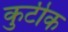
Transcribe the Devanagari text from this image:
कुटीक